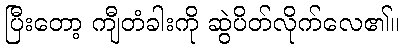
ပြီးတော့ ကျီတံခါးကို ဆွဲပိတ်လိုက်လေ၏။